Civil Veterinary Dept. North-West Frontier Province 1923-32 - 1923-1932
Year: 1923
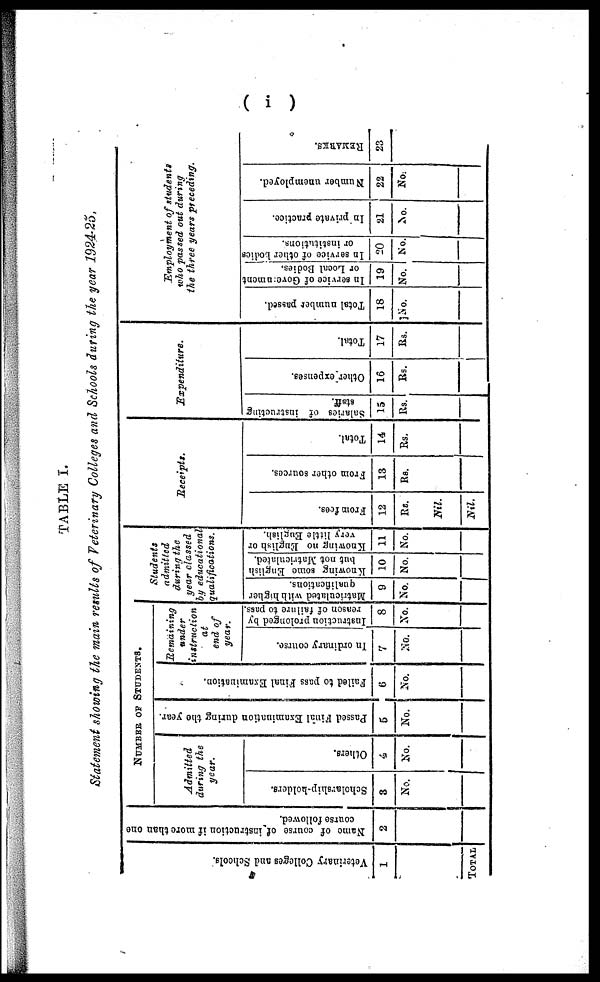
( i )
TABLE I.
Statement showing the main results of Veterinary Colleges and Schools during the year 1924-25,
Veterinary Colleges and Schools
1
TOTAL
Name of course of instruction if more than one
course followed.
2
NUMBER OF STUDENTS.
Admitted
during the
year.
Scholarship-holders.
3
No.
Others.
4
No.
Passed Final Examination during the year.
5
No.
Failed to pass Final Examination.
6
No.
Remaining
under
instruction
at
end of
year.
In ordinary course.
7
No.
Instruction prolonged by
reason of failure to pass.
8
No.
Students
admitted
during the
year classed
by educational
qualifications.
Matriculated with higher
qualifications.
9
No.
Knowing some English
but not Matriculated.
10
No.
Knowing no English or
very little English.
11
No.
Receipts.
From fees.
12
Rs.
Nil.
Nil.
From other sources.
13
Rs.
Total.
14
Rs.
Expenditure.
Salaries of instructing
staff.
15
Rs.
Other expenses.
16
Rs.
Total.
17
Rs.
Employment of students
who passed out during
the three years preceding.
Total number passed.
18
No.
In service of Government
or Local Bodies.
19
No.
In service of other bodies
or institutions.
20
No.
In private practice.
21
No.
Number unemployed.
22
No.
REMARKS.
23